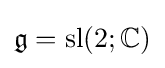
{\mathfrak {g}}=\operatorname {sl} (2;\mathbb {C} )